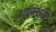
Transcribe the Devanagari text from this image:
थ्यॅन्ताय